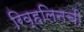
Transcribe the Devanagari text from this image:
रिव्हलिनची